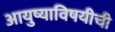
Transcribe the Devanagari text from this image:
आयुष्याविषयीची